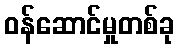
ဝန်ဆောင်မှုတစ်ခု